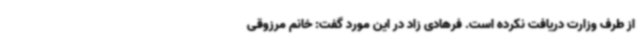
از طرف وزارت دریافت نکرده است. فرهادی زاد در این مورد گفت: خانم مرزوقی